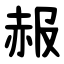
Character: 赧